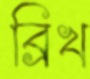
ব্রিখ